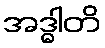
အဒ္ဓါတိ